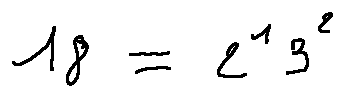
1 8 = 2 ^ { 1 } 3 ^ { 2 }